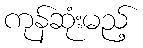
ကုန်ဆုံးမည့်